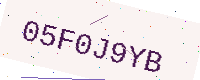
Text: 05F0J9YB